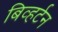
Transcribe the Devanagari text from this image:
बिव्हर्टन